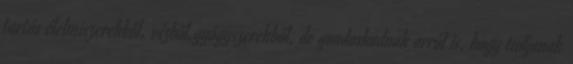
tartós élelmiszerekből, vízből,gyógyszerekből, de gondoskodnak arról is, hogy tudjanak